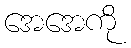
အေအေကို